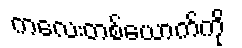
ကလေးတစ်ယောက်ကို